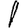
Digit: 1